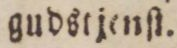
gudstjenſt.